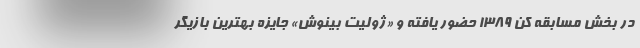
در بخش مسابقه کن ۱۳۸۹ حضور یافته و «ژولیت بینوش» جایزه بهترین بازیگر